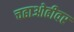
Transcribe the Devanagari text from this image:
चढाओढीवर